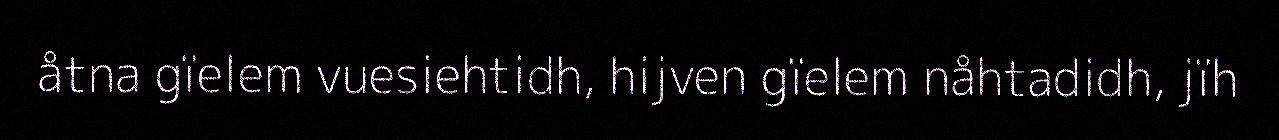
åtna gïelem vuesiehtidh, hijven gïelem nåhtadidh, jïh